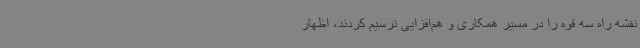
نقشه راه سه قوه را در مسیر همکاری و هم‌افزایی ترسیم کردند، اظهار